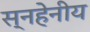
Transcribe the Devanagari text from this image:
स्नहेनीय